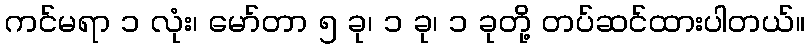
ကင်မရာ ၁ လုံး၊ မော်တာ ၅ ခု၊ ၁ ခု၊ ၁ ခုတို့ တပ်ဆင်ထားပါတယ်။